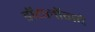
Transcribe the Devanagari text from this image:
डॉयलॉगचे